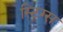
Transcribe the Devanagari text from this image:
स्ट्रिग्स